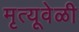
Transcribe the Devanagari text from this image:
मृत्यूवेळी